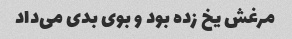
مرغش یخ زده بود و بوی بدی می‌داد